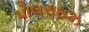
પોલરાઇઝ